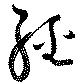
経